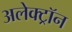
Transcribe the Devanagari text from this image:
अलेक्ट्रॉन